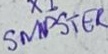
Text: SMPSTER